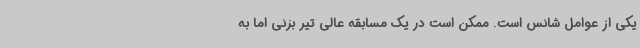
یکی از عوامل شانس است. ممکن است در یک مسابقه عالی تیر بزنی اما به